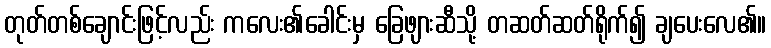
တုတ်တစ်ချောင်းဖြင့်လည်း ကလေး၏ခေါင်းမှ ခြေဖျားဆီသို့ တဆတ်ဆတ်ရိုက်၍ ချပေးလေ၏။